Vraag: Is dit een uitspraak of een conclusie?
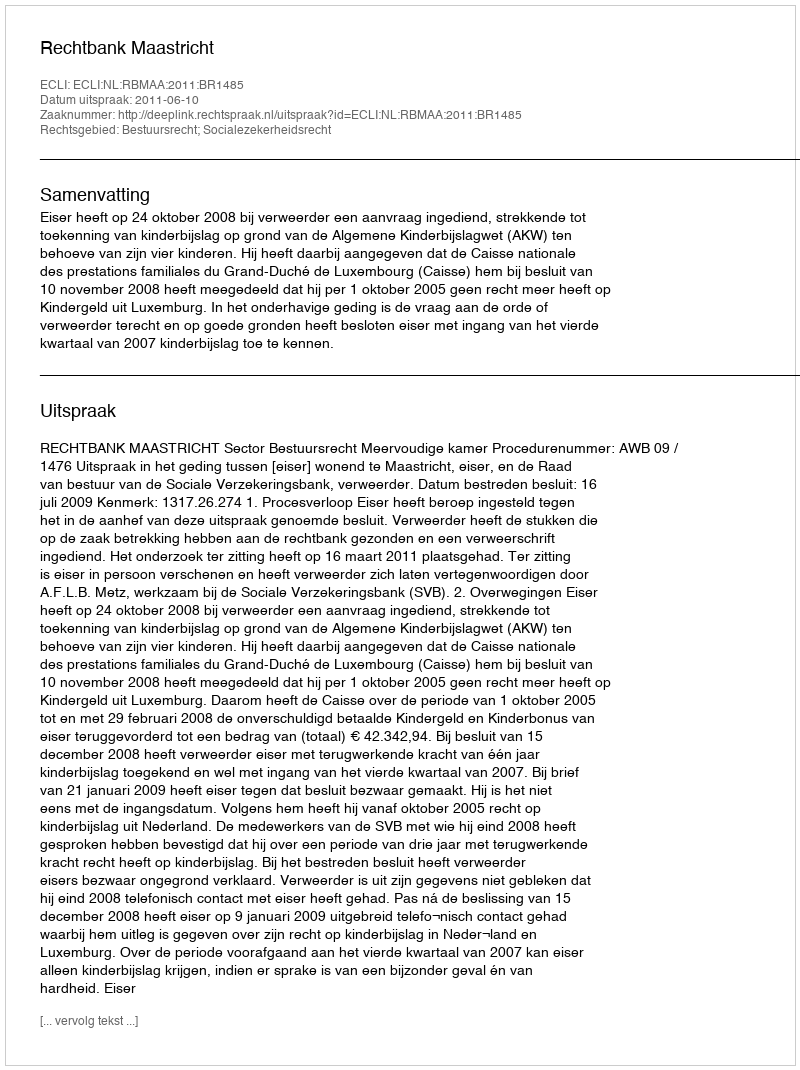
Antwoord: Uitspraak